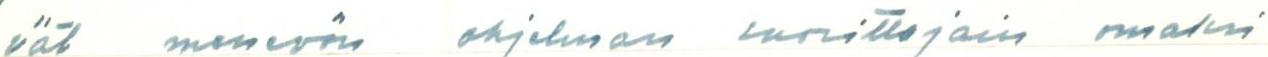
vät menevän ohjelman suorittajain omaksi